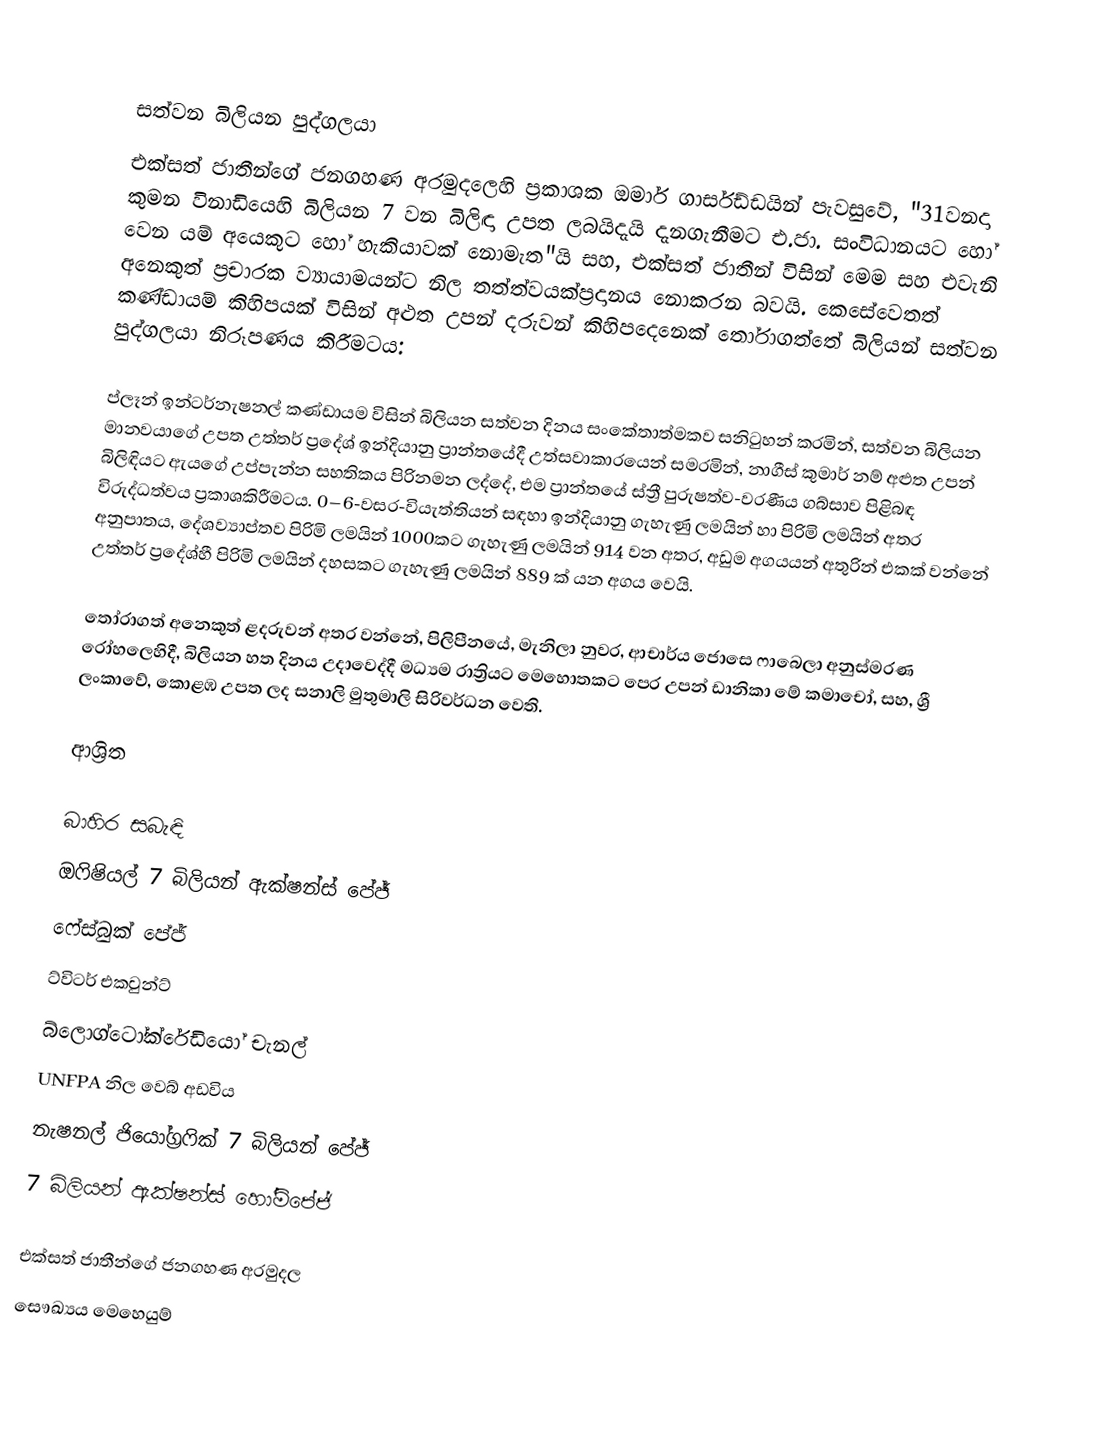

සත්වන බිලියන පුද්ගලයා
එක්සත් ජාතීන්ගේ ජනගහණ අරමුදලෙහි ප්‍රකාශක ඔමාර් ගාර්සඩ්ඩයින් පැවසුවේ, "31වනදා කුමන විනාඩියෙහි බිලියන 7 වන බිලිඳා උපත ලබයිදැයි  දැනගැනීමට එ.ජා. සංවිධානයට හෝ වෙන යම් අයෙකුට හෝ හැකියාවක් නොමැත"යි සහ, එක්සත් ජාතීන් විසින් මෙම සහ එවැනි  අනෙකුත් ප්‍රචාරක ව්‍යායාමයන්ට නිල තත්ත්වයක්ප්‍රදානය නොකරන බවයි. කෙසේවෙතත් කණ්ඩායම් කිහිපයක් විසින් අළුත උපන් දරුවන් කිහිපදෙනෙක් තෝරාගත්තේ බිලියන් සත්වන පුද්ගලයා නිරූපණය කිරීමටය:

ප්ලෑන් ඉන්ටර්නැෂනල් කණ්ඩායම විසින්  බිලියන සත්වන දිනය සංකේතාත්මකව සනිටුහන් කරමින්, සත්වන බිලියන මානවයාගේ උපත උත්තර් ප්‍රදේශ් ඉන්දියානු ප්‍රාන්තයේදී උත්සවාකාරයෙන් සමරමින්, නාගීස් කුමාර් නම් අළුත උපන් බිලිඳියට ඇයගේ උප්පැන්න සහතිකය පිරිනමන ලද්දේ, එම ප්‍රාන්තයේ ස්ත්‍රී පුරුෂත්ව-වරණීය ගබ්සාව පිළිබඳ විරුද්ධත්වය ප්‍රකාශකිරීමටය. 0–6-වසර-වියැත්තියන් සඳහා ඉන්දියානු ගැහැණු ලමයින් හා පිරිමි ලමයින් අතර අනුපාතය, දේශව්‍යාප්තව පිරිමි ලමයින් 1000කට ගැහැණු ලමයින් 914 වන අතර, අඩුම අගයයන් අතුරින් එකක් වන්නේ උත්තර් ප්‍රදේශ්හී පිරිමි ලමයින් දහසකට ගැහැණු ලමයින් 889 ක් යන අගය වෙයි.

තෝරාගත් අනෙකුත්  ළදරුවන් අතර වන්නේ,   පිලිපීනයේ,  මැනිලා නුවර,  ආචාර්ය ජොසෙ ෆාබෙලා අනුස්මරණ රෝහලෙහිදී, බිලියන හත දිනය උදාවෙද්දී මධ්‍යම රාත්‍රියට මෙහොතකට පෙර උපන් ඩානිකා මේ කමාචෝ, සහ, ශ්‍රී ලංකාවේ, කොළඹ උපත ලද  සනාලි මුතුමාලි සිරිවර්ධන වෙති.

ආශ්‍රිත

බාහිර සබැඳි
ඔෆිෂියල් 7 බිලියන් ඇක්ෂන්ස් පේජ්
ෆේස්බුක් පේජ්
ට්විටර් එකවුන්ට්
බ්ලොග්ටෝක්රේඩියෝ චැනල්
UNFPA නිල වෙබ් අඩවිය
නැෂනල් ජියෝග්‍රෆික් 7 බිලියන් පේජ්
7 බිලියන් ඇක්ෂන්ස් හෝම්පේජ්

එක්සත් ජාතීන්ගේ ජනගහණ අරමුදල
සෞඛ්‍යය මෙහෙයුම්